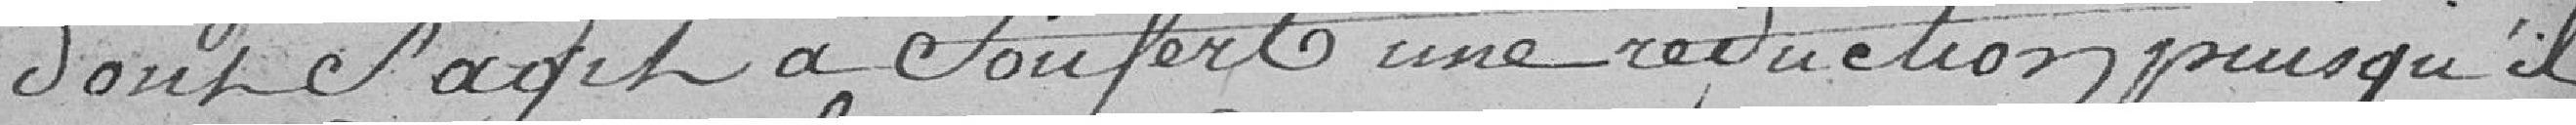
dont s'agit a souffert une réduction puisqu'il